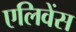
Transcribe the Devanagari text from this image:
एलिवेंस